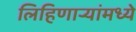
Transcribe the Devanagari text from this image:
लिहिणार्‍यांमध्ये